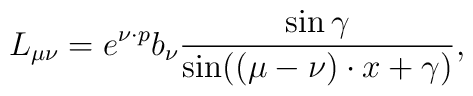
L_{\mu \nu }=e^{\nu \cdot p}b_{\nu }\frac{\sin \gamma }{\sin((\mu -\nu )\cdot x+\gamma )},